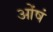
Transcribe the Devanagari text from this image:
ओंषं